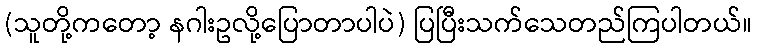
(သူတို့ကတော့ နဂါးဥလို့ပြောတာပါပဲ) ပြပြီးသက်သေတည်ကြပါတယ်။